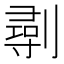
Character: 𠟢